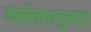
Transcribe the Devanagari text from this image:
मल्लिकार्जुनप्पा